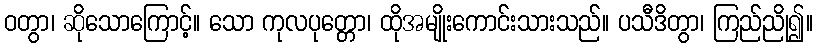
ဝတွာ၊ ဆိုသောကြောင့်။ သော ကုလပုတ္တော၊ ထိုအမျိုးကောင်းသားသည်။ ပသီဒိတွာ၊ ကြည်ညို၍။